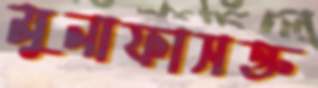
মুনাফাসক্ত